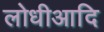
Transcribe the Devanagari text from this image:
लोधीआदि